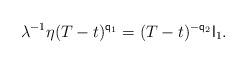
LaTeX: \begin{align*} \lambda^{-1} \eta (T-t)^{{\sf q}_1} = (T-t)^{-{\sf q}_2} {\sf l}_1. \end{align*}